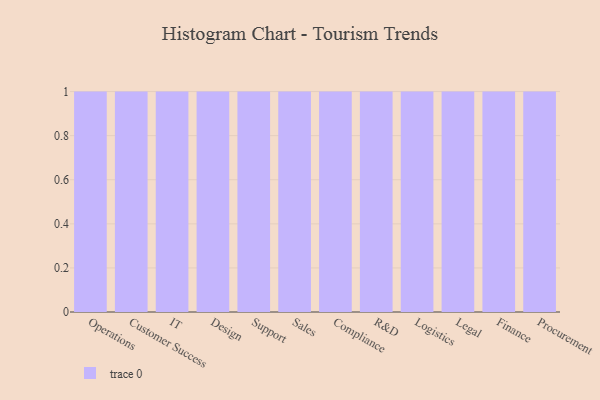
{"axis": {"x": "Department", "y": "Churn Rate (%)"}, "legend": [""], "data": [{"x": "Operations", "y": 1, "type": ""}, {"x": "Customer Success", "y": 7, "type": ""}, {"x": "IT", "y": 11, "type": ""}, {"x": "Design", "y": 33, "type": ""}, {"x": "Support", "y": 62, "type": ""}, {"x": "Sales", "y": 60, "type": ""}, {"x": "Compliance", "y": 98, "type": ""}, {"x": "R&D", "y": 59, "type": ""}, {"x": "Logistics", "y": 66, "type": ""}, {"x": "Legal", "y": 12, "type": ""}, {"x": "Finance", "y": 89, "type": ""}, {"x": "Procurement", "y": 40, "type": ""}]}